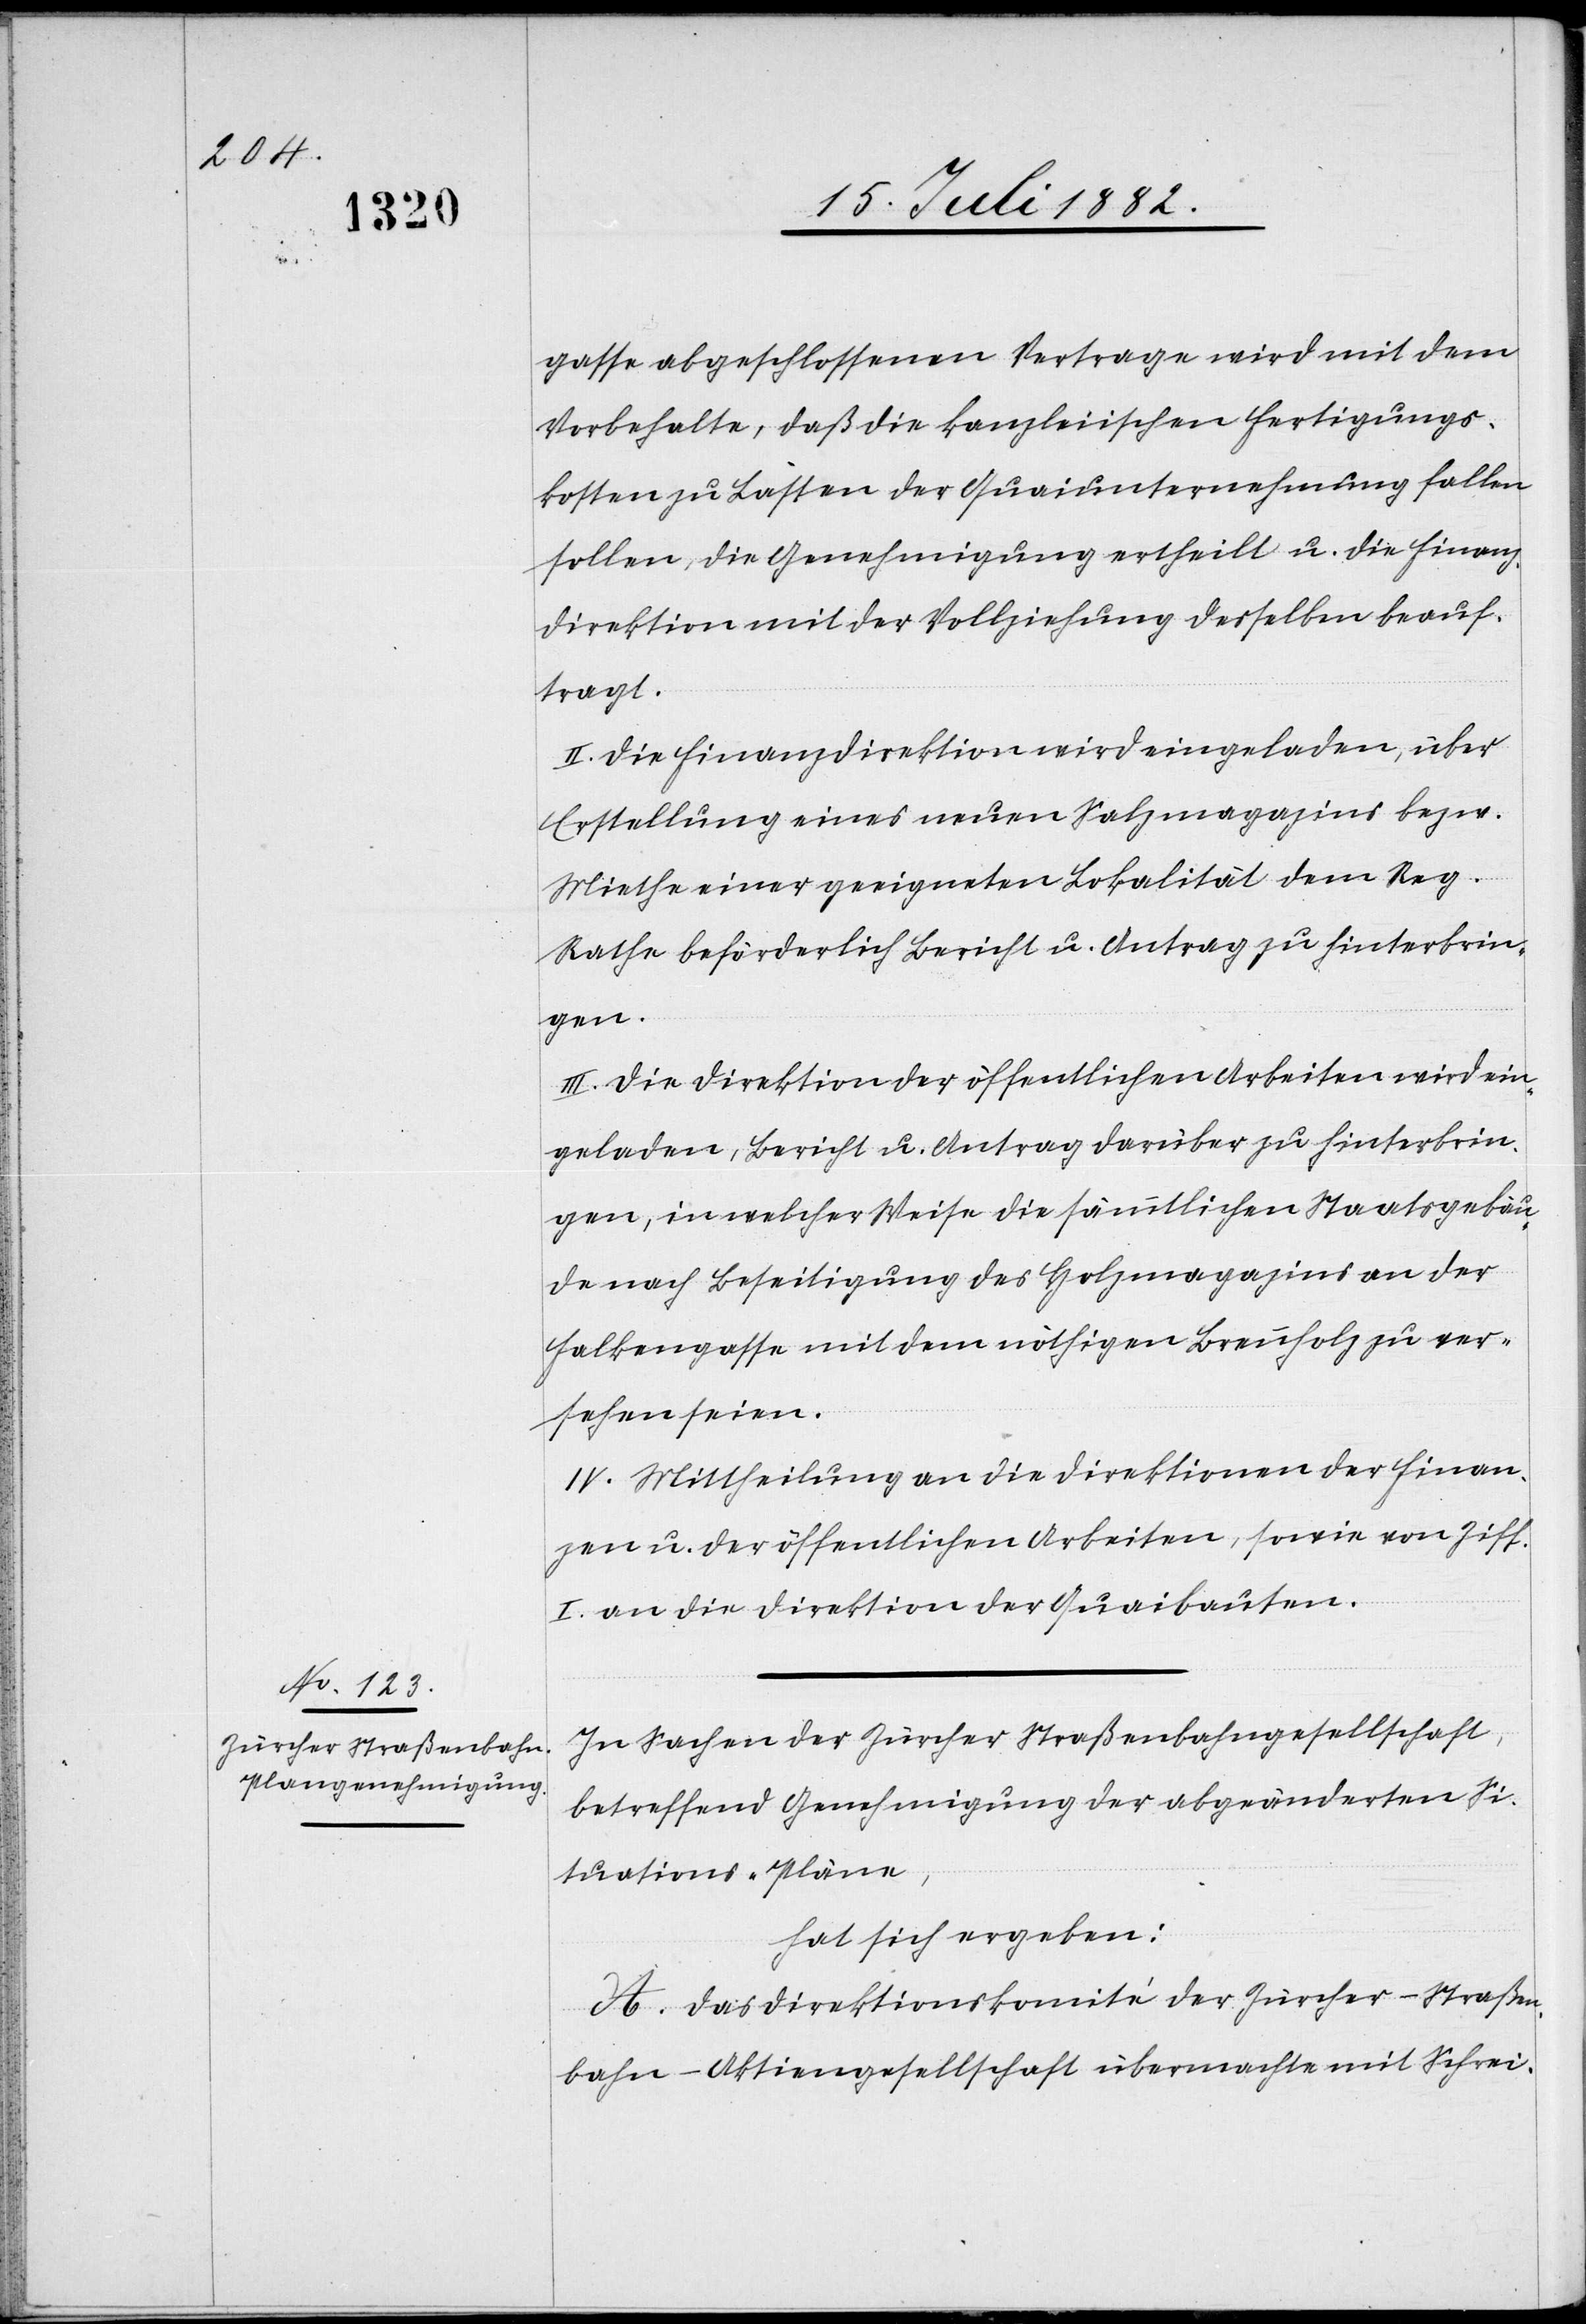
gasse abgeschlossenen Vertrage wird mit dem
Vorbehalte, daß die kanzleiischen Fertigungs¬
kosten zu Lasten der Quaiunternehmung fallen
sollen, die Genehmigung ertheilt u. die Finanz¬
direktion mit der Vollziehung desselben beauf¬
tragt.
II. Die Finanzdirektion wird eingeladen, über
Erstellung eines neuen Salzmagazins bezw.
Miethe einer geeigneten Lokalität dem Reg.
Rathe beförderlich Bericht u. Antrag zu hinterbrin¬
gen.
III. Die Direktion der öffentlichen Arbeiten wird ein¬
geladen, Bericht u. Antrag darüber zu hinterbrin¬
gen, in welcher Weise die sämmtlichen Staatsgebäu¬
de nach Beseitigung des Holzmagazins an der
Falkengasse mit dem nöthigen Brennholz zu ver¬
sehen seien.
IV. Mittheilung an die Direktionen der Finan¬
zen u. der öffentlichen Arbeiten, sowie von Ziff.
I an die Direktion der Quaibauten.
In Sachen der Zürcher Straßenbahngesellschaft,
betreffend Genehmigung der abgeänderten Si¬
tuations-Pläne,
hat sich ergeben:
A. Das Direktionskomité der Zürcher-Straßen¬
bahn-Aktiengesellschaft übermachte mit Schrei-